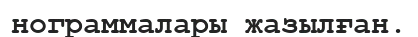
нограммалары жазылған.